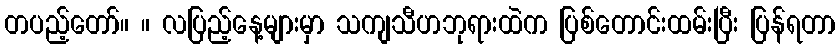
တပည့်တော်။ ။ လပြည့်နေ့များမှာ သကျသီဟဘုရားထဲက ပြစ်တောင်းထမ်းပြီး ပြန်ရတာ